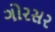
ગોરસર